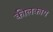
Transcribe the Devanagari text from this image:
कीलकाय